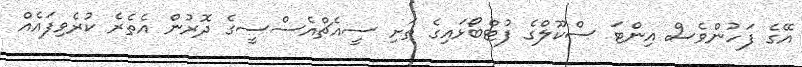
އޭގެ ފަހުންވެސް އިންޓަ ސްކޫލްގެ ފުޓްބޯޅައިގެ ތަށި ސީއެޗްއެސްސީގެ ދޮރުން އެތެރެ ކުރެވިފައެއް